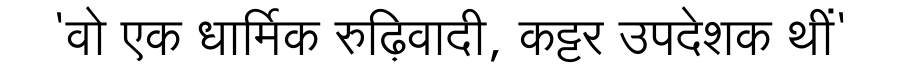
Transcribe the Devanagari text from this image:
'वो एक धार्मिक रुढ़िवादी, कट्टर उपदेशक थीं'